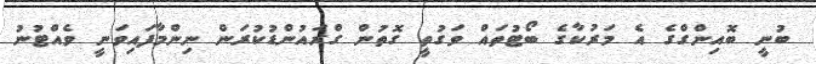
ބުނީ ބޮއިންގްގެ އެ މަރުކާގެ ބޯޓުތައް ވަގުތީ ގޮތުން ގްރައުންޑުކުރަން ނިންމާފައިވަނީ ވެއްޓުނު